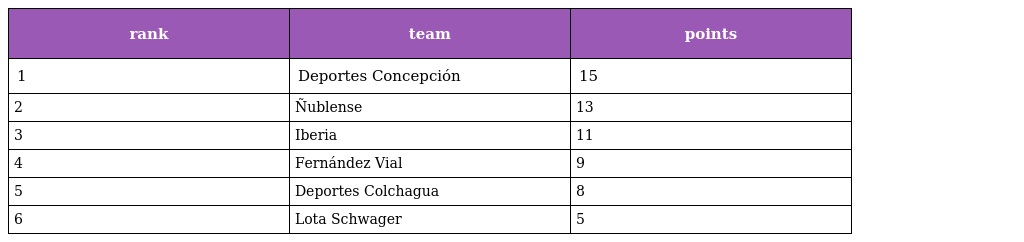
| rank | team | points |
 | --- | --- | --- |
 | 1 | Deportes Concepción | 15 |
 | 2 | Ñublense | 13 |
 | 3 | Iberia | 11 |
 | 4 | Fernández Vial | 9 |
 | 5 | Deportes Colchagua | 8 |
 | 6 | Lota Schwager | 5 |